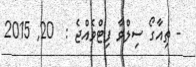
- ތިއާގޯ ސިލްވާ ފިޓްވެއްޖެ :  20